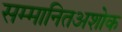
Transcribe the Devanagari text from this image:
सम्मानितअशोक